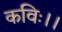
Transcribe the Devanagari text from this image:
कविः।।